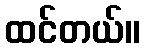
ထင်တယ်။